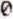
0